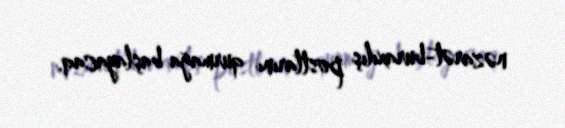
nəzarət-buraxılış postlarını qurmağa başlayacaq.